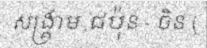
សង្គ្រាម ជប៉ុន - ចិន (